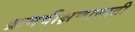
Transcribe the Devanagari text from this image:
क्रमवीक्षणासाठी